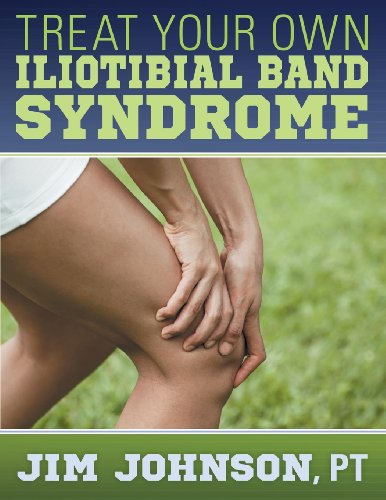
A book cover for Treat Your Own Iliotibial Band Syndrome; Jim Johnson; Health, Fitness & Dieting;